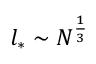
l _ { * } \sim N ^ { \frac { 1 } { 3 } }